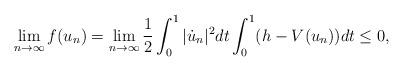
LaTeX: \begin{align*}\lim\limits_{n\rightarrow\infty}f(u_n)=\lim\limits_{n\rightarrow\infty}\frac{1}{2}\int^1_0|\dot{u}_n|^2dt\int^1_0(h-V(u_n))dt\leq 0,\end{align*}